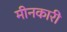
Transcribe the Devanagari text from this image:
मीनकारी